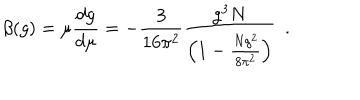
LaTeX: \beta ( g ) = \mu \frac { d g } { d \mu } = - \frac { 3 } { 1 6 \pi ^ { 2 } } \frac { g ^ { 3 } N } { \left( 1 - \frac { N g ^ { 2 } } { 8 \pi ^ { 2 } } \right) } \, \, \, .